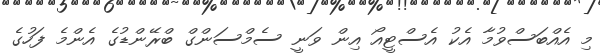
މި އެއްބަސްވުމާ އެކު އެސްޓީއޯ އިން ވަނީ ސެމްސަންގް ބްރޭންޑުގެ އެންމެ ފަހުގެ